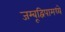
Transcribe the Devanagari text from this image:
जम्बूद्विपामध्ये